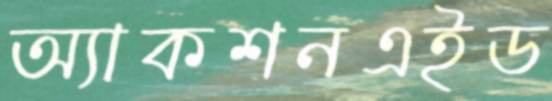
অ্যাকশনএইড